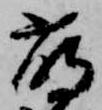
萌